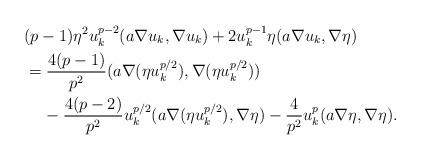
LaTeX: \begin{align*} & (p-1)\eta^2 u_k^{p-2}(a\nabla u_k,\nabla u_k)+2u_k^{p-1}\eta (a\nabla u_k,\nabla \eta)\\ & = \frac{4(p-1)}{p^2}(a\nabla (\eta u_k^{p/2}),\nabla (\eta u_k^{p/2}))\\ & \;\;\;\;-\frac{4(p-2)}{p^2}u_k^{p/2}(a\nabla (\eta u_k^{p/2}),\nabla \eta)-\frac{4}{p^2}u_k^p(a\nabla \eta,\nabla \eta). \end{align*}